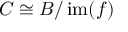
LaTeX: C \cong B / \operatorname { i m } ( f )